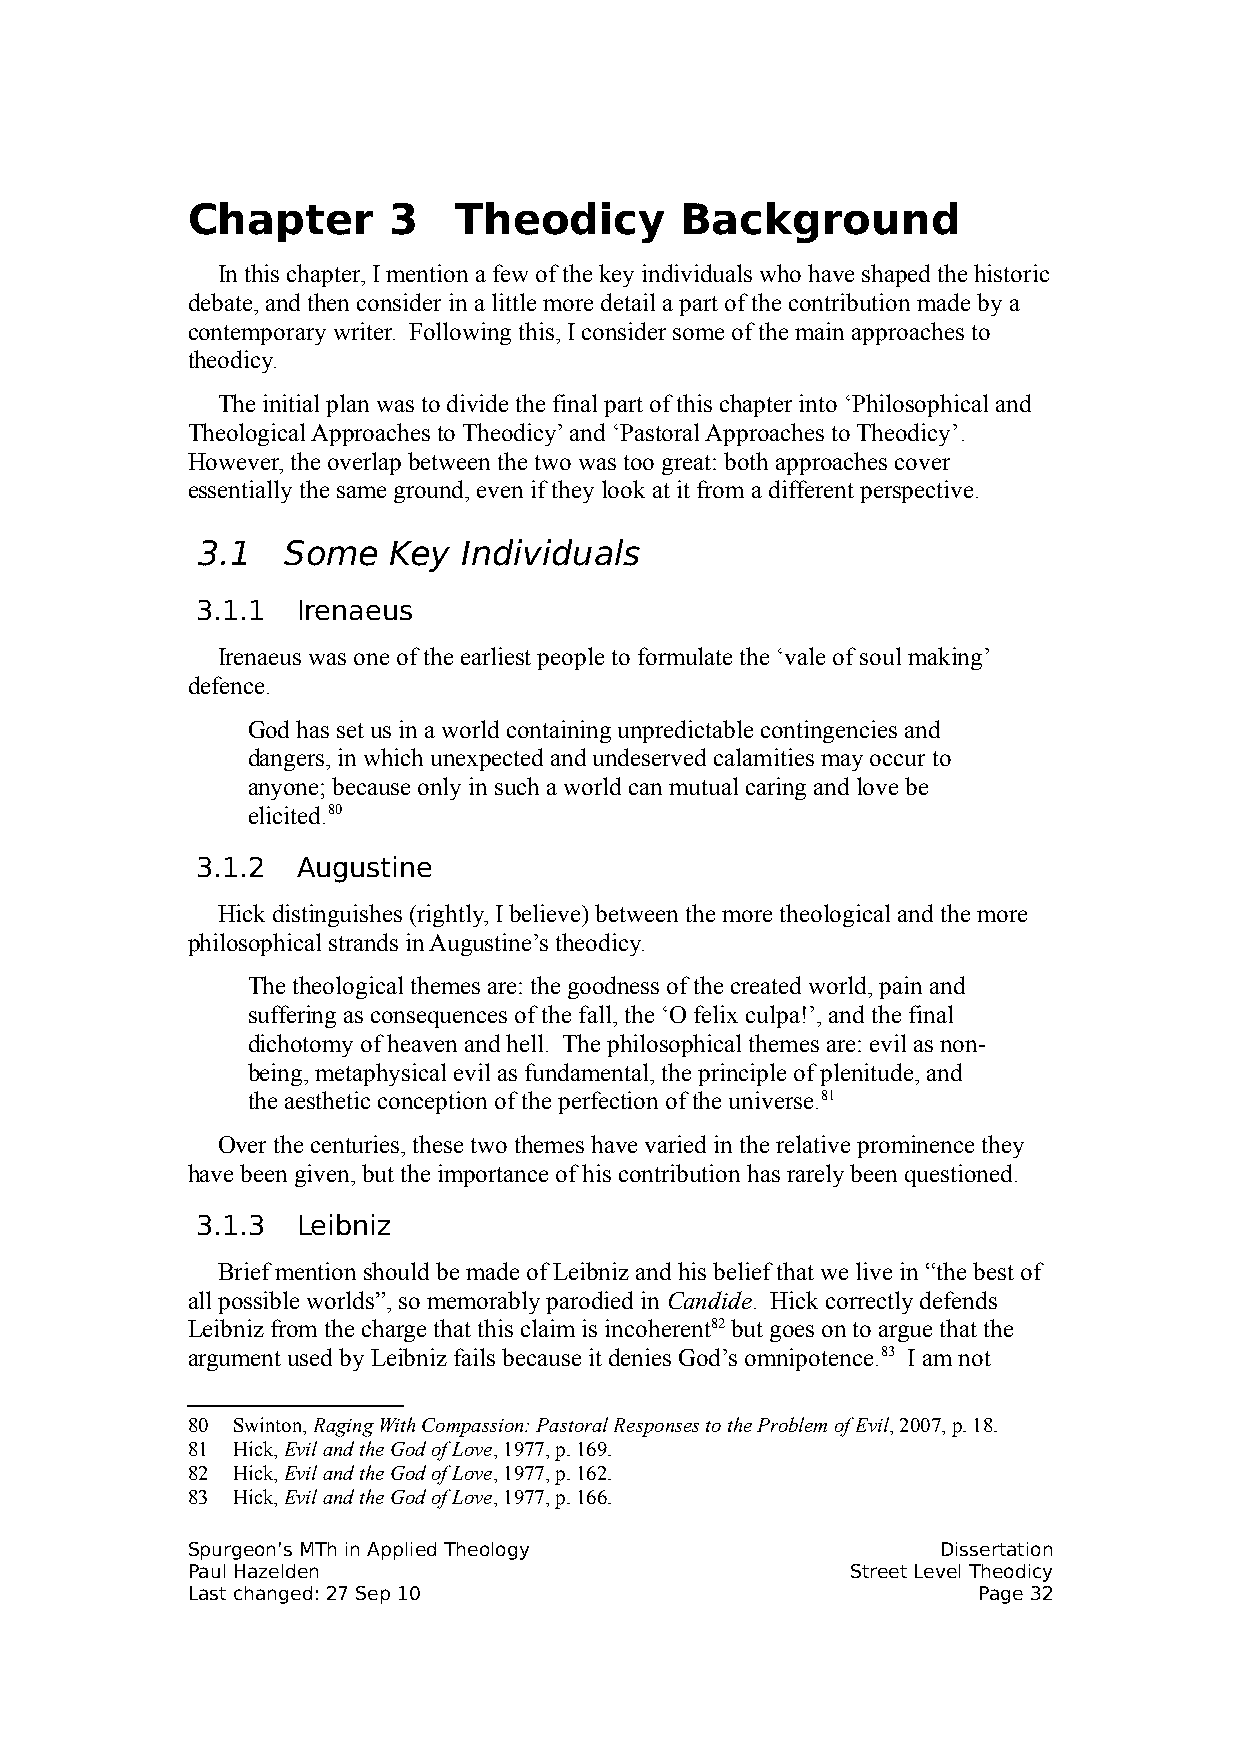
Chapter       3   Theodicy       Background
 In this chapter, I mention a few of the key individuals who have shaped the historic
 debate, and then consider in a little more detail a part of the contribution made by a
 contemporary writer. Following this, I consider some of the main approaches to
 theodicy.
 The initial plan was to divide the final part of this chapter into ‘Philosophical and
 Theological Approaches to Theodicy’ and ‘Pastoral Approaches to Theodicy’.
 However, the overlap between the two was too great: both approaches cover
 essentially the same ground, even if they look at it from a different perspective.
 3.1   Some   Key  Individuals
 3.1.1  Irenaeus
 Irenaeus was one of the earliest people to formulate the ‘vale of soul making’
 defence.
 God has set us in a world containing unpredictable contingencies and
 dangers, in which unexpected and undeserved calamities may occur to
 anyone; because only in such a world can mutual caring and love be
 elicited.80
 3.1.2  Augustine
 Hick distinguishes (rightly, I believe) between the more theological and the more
 philosophical strands in Augustine’s theodicy.
 The theological themes are: the goodness of the created world, pain and
 suffering as consequences of the fall, the ‘O felix culpa!’, and the final
 dichotomy of heaven and hell. The philosophical themes are: evil as non-
 being, metaphysical evil as fundamental, the principle of plenitude, and
 the aesthetic conception of the perfection of the universe.81
 Over the centuries, these two themes have varied in the relative prominence they
 have been given, but the importance of his contribution has rarely been questioned.
 3.1.3  Leibniz
 Brief mention should be made of Leibniz and his belief that we live in “the best of
 all possible worlds”, so memorably parodied in Candide. Hick correctly defends
 Leibniz from the charge that this claim is incoherent82 but goes on to argue that the
 argument used by Leibniz fails because it denies God’s omnipotence.83 I am not
 80 Swinton, Raging With Compassion: Pastoral Responses to the Problem of Evil, 2007, p. 18.
 81 Hick, Evil and the God of Love, 1977, p. 169.
 82 Hick, Evil and the God of Love, 1977, p. 162.
 83 Hick, Evil and the God of Love, 1977, p. 166.
 Spurgeon’s MTh in Applied Theology                Dissertation
 Paul Hazelden                               Street Level Theodicy
 Last changed: 27 Sep 10                              Page 32